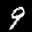
Label: 9